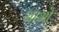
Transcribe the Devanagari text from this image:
थाओ